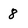
Character: 8